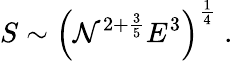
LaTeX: S\sim\left(\mathcal{N}^{2+\frac{{3}}{{5}}}E^{3}\right)^{\frac{{1}}{{4}}}\; .